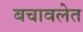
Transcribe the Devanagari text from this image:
बचावलेत